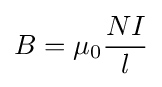
B=\mu _{0}{\frac {NI}{l}}